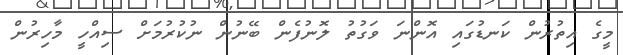
މީގެ އިތުރުން ކަނޑުގައި އޮންނަ ވަގުތު ލޮނުފެން ބޭނުން ނުކުރުމަށް ސިއްހީ މާހިރުން